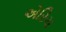
એરિચ